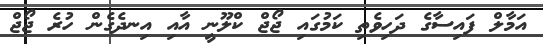
އަމާލް ފައިސާގެ ދަހިވެތި ކަމުގައި ޖޯޖް ކްލޫނީ އާއި އިނދެގެން ހުރެ ޖޯޖް